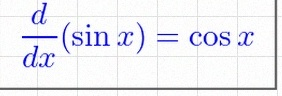
\frac{d}{dx}(\sin x)=\cos x